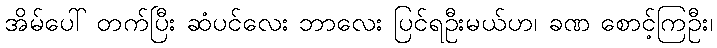
အိမ်ပေါ် တက်ပြီး ဆံပင်လေး ဘာလေး ပြင်ရဦးမယ်ဟ၊ ခဏ စောင့်ကြဦး၊